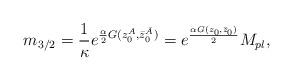
LaTeX: \begin{align*}m_{3/2} = \frac{1}{\kappa}e^{\frac{\alpha}{2}G(z_0^A, \bar z_0^{\bar A})}= e^{\frac{\alpha G(z_0, \bar z_0)}{2}} M_{pl},\end{align*}